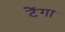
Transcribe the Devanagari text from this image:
टेंगा